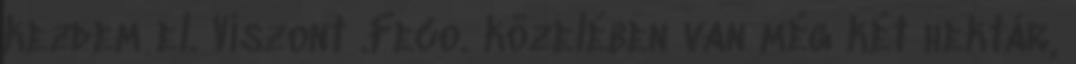
kezdem el. Viszont .Feco. közelében van még két hektár,